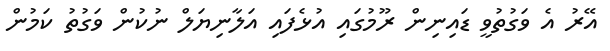
އޭރު އެ ވަގުތުވީ ޑައިނިން ރޫމުގައި އުޅެފައި އަލާނިޔަލް ނުކުން ވަގުތު ކަމުން